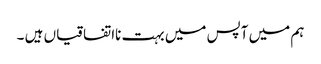
ہم میں آپس میں بہت نااتفاقیاں ہیں ۔